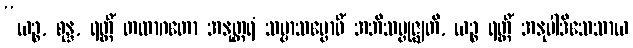
“ယဉ္စ, စုန္ဒ, ရတ္တိံ တထာဂတော အနုတ္တရံ သမ္မာသမ္ဗောဓိံ အဘိသမ္ဗုဇ္ဈတိ, ယဉ္စ ရတ္တိံ အနုပါဒိသေသာယ